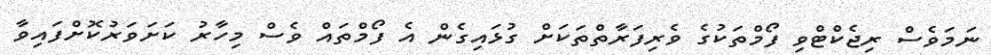
ނަމަވެސް ރިޖެކްޓްވި ފޯމްތަކުގެ ވެރިފަރާތްތަކަށް ގުޅައިގެން އެ ފޯމްތައް ވެސް މިހާރު ކަށަވަރުކޮށްފައިވާ